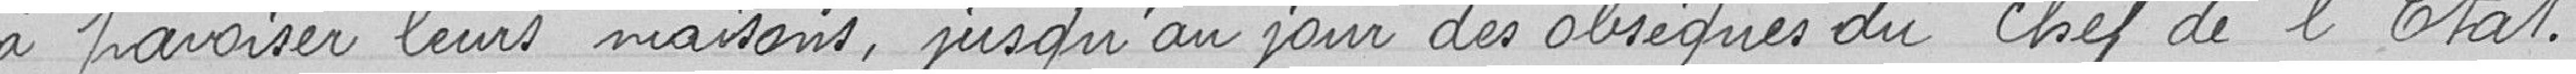
à pavoiser leurs maisons, jusqu'au jour des obsèques du Chef de l'Etat.